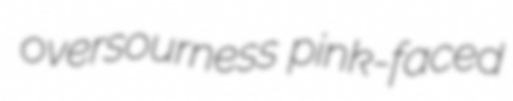
oversourness pink-faced